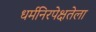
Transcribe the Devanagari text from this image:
धर्मनिरपेक्षतेला